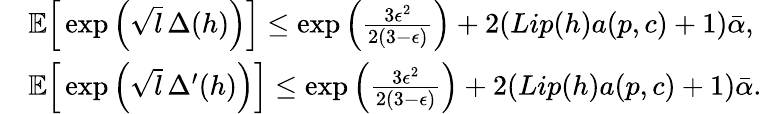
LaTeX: \begin{array}{rl}&{\mathbb{E}\Big[\exp\Big(\sqrt{l}\, \Delta(h)\Big)\Big]\leq\exp\Big(\frac{3\epsilon^{2}}{2(3-\epsilon)}\Big)+2(Lip(h)a(p,c)+1)\bar{\alpha},}\\ &{\mathbb{E}\Big[\exp\Big(\sqrt{l}\, \Delta^{\prime}(h)\Big)\Big]\leq\exp\Big(\frac{3\epsilon^{2}}{2(3-\epsilon)}\Big)+2(Lip(h)a(p,c)+1)\bar{\alpha}.}\end{array}